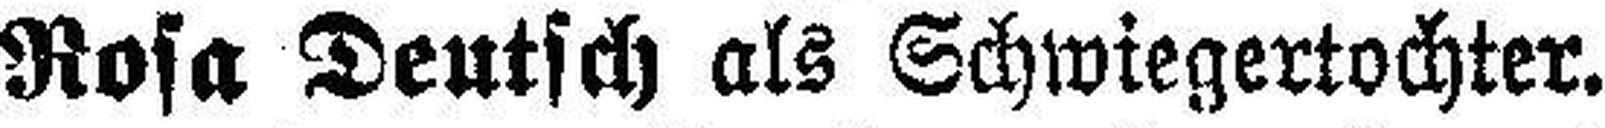
Rosa Deutsch als Schwiegertochter.